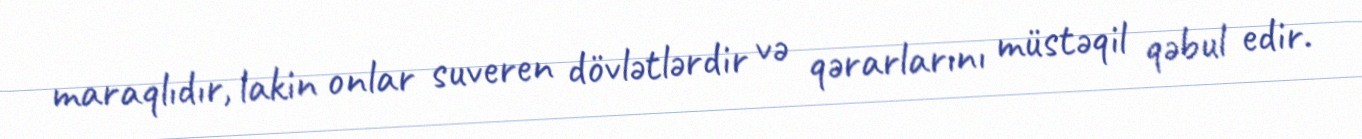
maraqlıdır, lakin onlar suveren dövlətlərdir və qərarlarını müstəqil qəbul edir.